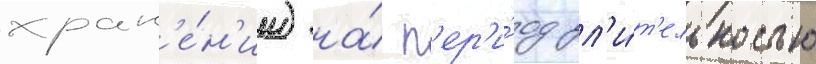
хран'е́н'ии) на́ п'ер'и́од дл'и́т'ельностью